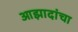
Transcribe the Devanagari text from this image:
आझादांचा